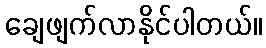
ချေဖျက်လာနိုင်ပါတယ်။